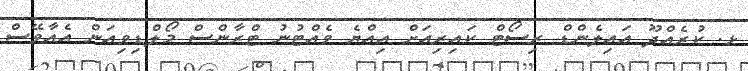
ޅ. ކުރެއްދޫ އައިލެންޑް ރިސޯޓް ކައިރިއަށް އިއްޔެ ވެއްޓުނު ޓްރާންސް މޯލްޑިވިއަން އެއާވޭސް